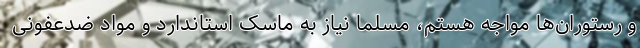
و رستوران‌ها مواجه هستم، مسلما نیاز به ماسک استاندارد و مواد ضدعفونی